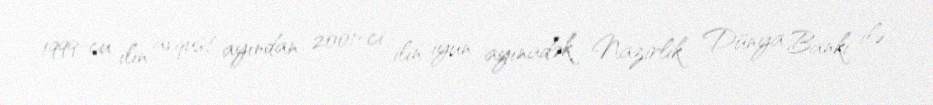
1999-cu ilin avqust ayından 2001-ci ilin iyun ayınadək Nazirlik Dünya Bankı ilə